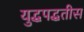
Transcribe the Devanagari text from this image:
युद्धपद्धतीस